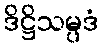
ဒိဋ္ဌိသမ္ပဒံ